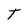
Character: T